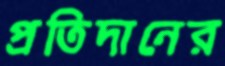
প্রতিদানের